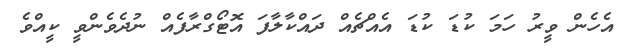
އެހެން ވީރު ހަމަ ކުޑަ ކުޑަ އެއްޗެއް ދައްކާލާފަ އޮޓޯގްރާފެއް ނުދެވެންވީ ކީއްވެ